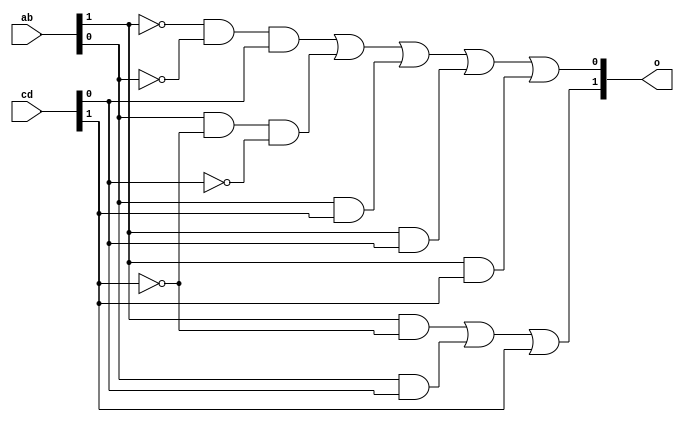
/*
 *  Modules:
 *  	TwoBitAdder	- Module which takes two 2-bit inputs and returns
 *					  their sum as one 2-bit output
 *  	TestAdder	- TestBench to demonstrate functionality of the
 *					  TwoBitAdder module
 */


/*
 *  Module: TwoBitAdder
 *  Ports:
 *  	ab - I/P reg	The first two-bit operand
 *  	cd - I/P reg	The second two-bit operand which will be added to ab
 *  	o - O/P wire	The sum of ab and cd, using saturation to restrict
 *						the output from 00 to 11
 */
module TwoBitAdder( input [1:0] ab, input [1:0] cd, output [1:0] o );
	// Variables to hold outputs of each gate
	wire na, nb, nc, nd, x0, x1, y0, y1, y2, y3, y4;
	not #1 // NOT gates
		ng1( na, ab[1] ), // Negation of A
		ng2( nb, ab[0] ), // Negation of B
		ng3( nc, cd[1] ), // Negation of C
		ng4( nd, cd[0] ); // Negation of D
	and #1 // AND gates
		// High bit AND gates
		ag1( x0, ab[1], nc ), // AND gate for AC'
		ag2( x1, ab[0], cd[0] ), // AND gate for BD
		// Low bit AND gates
		ag3( y0, na, nb, cd[0] ), // AND gate for A'B'D
		ag4( y1, ab[0], nc, nd ), // AND gate for BC'D'
		ag5( y2, ab[0], cd[1] ), // AND gate for BC
		ag6( y3, ab[1], cd[0] ), // AND gate for AD
		ag7( y4, ab[1], cd[1] ); // AND gate for AC
	or #1 // OR gates
		// High bit OR gates
		og1( o[1], x0, x1, cd[1] ), // OR gate for AC' + BD
		// Low bit OR gates
		og2( o[0], y0, y1, y2, y3, y4 ); // OR gate for A'B'D + BC'D' + BC + AD + AC
	// Expected output is now stored in o; end of module
endmodule


/*
 *  Module: TestAdder	- TestBench for TwoBitAdder module
 *  Ports: None
 */
module TestAdder;
	reg [1:0] ab, cd; // Storage for input operands
	wire [1:0] o; // Storage for output AB + CD
	TwoBitAdder tba( ab, cd, o ); // Instantiate TwoBitAdder module
	// This block manually checks all 16 possible inputs
	// Waits 4 ticks between each input to get correct output
	initial begin
		// Set inputs to 00 + 00 and display output; expected output is 00
		ab = 2'b00;
		cd = 2'b00;
		#4 $display("num1: %2b num2: %2b num1+num2: %2b", ab, cd, o);
		// Set inputs to 01 + 00 and display output; expected output is 01
		ab = 2'b01;
		#4 $display("num1: %2b num2: %2b num1+num2: %2b", ab, cd, o);
		// Set inputs to 11 + 00 and display output; expected output is 11
		ab = 2'b11;
		#4 $display("num1: %2b num2: %2b num1+num2: %2b", ab, cd, o);
		// Set inputs to 10 + 00 and display output; expected output is 10
		ab = 2'b10;
		#4 $display("num1: %2b num2: %2b num1+num2: %2b", ab, cd, o);
		// Set inputs to 00 + 01 and display output; expected output is 01
		ab = 2'b00;
		cd = 2'b01;
		#4 $display("num1: %2b num2: %2b num1+num2: %2b", ab, cd, o);
		// Set inputs to 01 + 01 and display output; expected output is 10
		ab = 2'b01;
		#4 $display("num1: %2b num2: %2b num1+num2: %2b", ab, cd, o);
		// Set inputs to 11 + 01 and display output; expected output is 11
		ab = 2'b11;
		#4 $display("num1: %2b num2: %2b num1+num2: %2b", ab, cd, o);
		// Set inputs to 10 + 01 and display output; expected output is 11
		ab = 2'b10;
		#4 $display("num1: %2b num2: %2b num1+num2: %2b", ab, cd, o);
		// Set inputs to 00 + 11 and display output; expected output is 11
		ab = 2'b00;
		cd = 2'b11;
		#4 $display("num1: %2b num2: %2b num1+num2: %2b", ab, cd, o);
		// Set inputs to 01 + 11 and display output; expected output is 11
		ab = 2'b01;
		#4 $display("num1: %2b num2: %2b num1+num2: %2b", ab, cd, o);
		// Set inputs to 11 + 11 and display output; expected output is 11
		ab = 2'b11;
		#4 $display("num1: %2b num2: %2b num1+num2: %2b", ab, cd, o);
		// Set inputs to 10 + 11 and display output; expected output is 11
		ab = 2'b10;
		#4 $display("num1: %2b num2: %2b num1+num2: %2b", ab, cd, o);
		// Set inputs to 00 = 10 and display output; expected output is 10
		ab = 2'b00;
		cd = 2'b10;
		#4 $display("num1: %2b num2: %2b num1+num2: %2b", ab, cd, o);
		// Set inputs to 01 + 10 and display output; expected output is 11
		ab = 2'b01;
		#4 $display("num1: %2b num2: %2b num1+num2: %2b", ab, cd, o);
		// Set inputs to 11 + 10 and display output; expected output is 11
		ab = 2'b11;
		#4 $display("num1: %2b num2: %2b num1+num2: %2b", ab, cd, o);
		// Set inputs to 10 + 10 and display output; expected output is 11
		ab = 2'b10;
		#4 $display("num1: %2b num2: %2b num1+num2: %2b", ab, cd, o);
	end
	// All 16 outputs have now been tested and displayed, end of module
endmodule